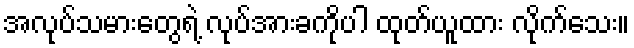
အလုပ်သမားတွေရဲ့ လုပ်အားခကိုပါ ထုတ်ယူထား လိုက်သေး။